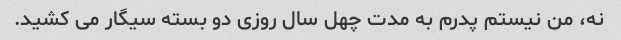
نه، من نیستم پدرم به مدت چهل سال روزی دو بسته سیگار می کشید.